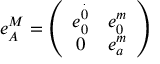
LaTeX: e _ { A } ^ { M } = \left( \begin{array} { c c } { { e _ { 0 } ^ { \stackrel { . } { 0 } } } } & { { e _ { 0 } ^ { m } } } \\ { { 0 } } & { { e _ { a } ^ { m } } } \end{array} \right)